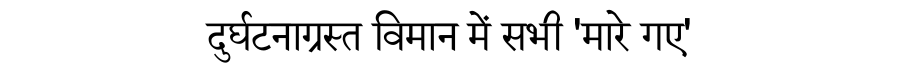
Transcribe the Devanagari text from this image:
दुर्घटनाग्रस्त विमान में सभी 'मारे गए'